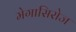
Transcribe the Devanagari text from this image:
मेगासिरोज